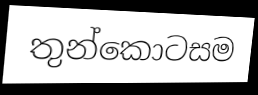
තුන්කොටසම